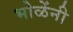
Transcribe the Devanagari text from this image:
भोळेंनी